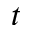
t